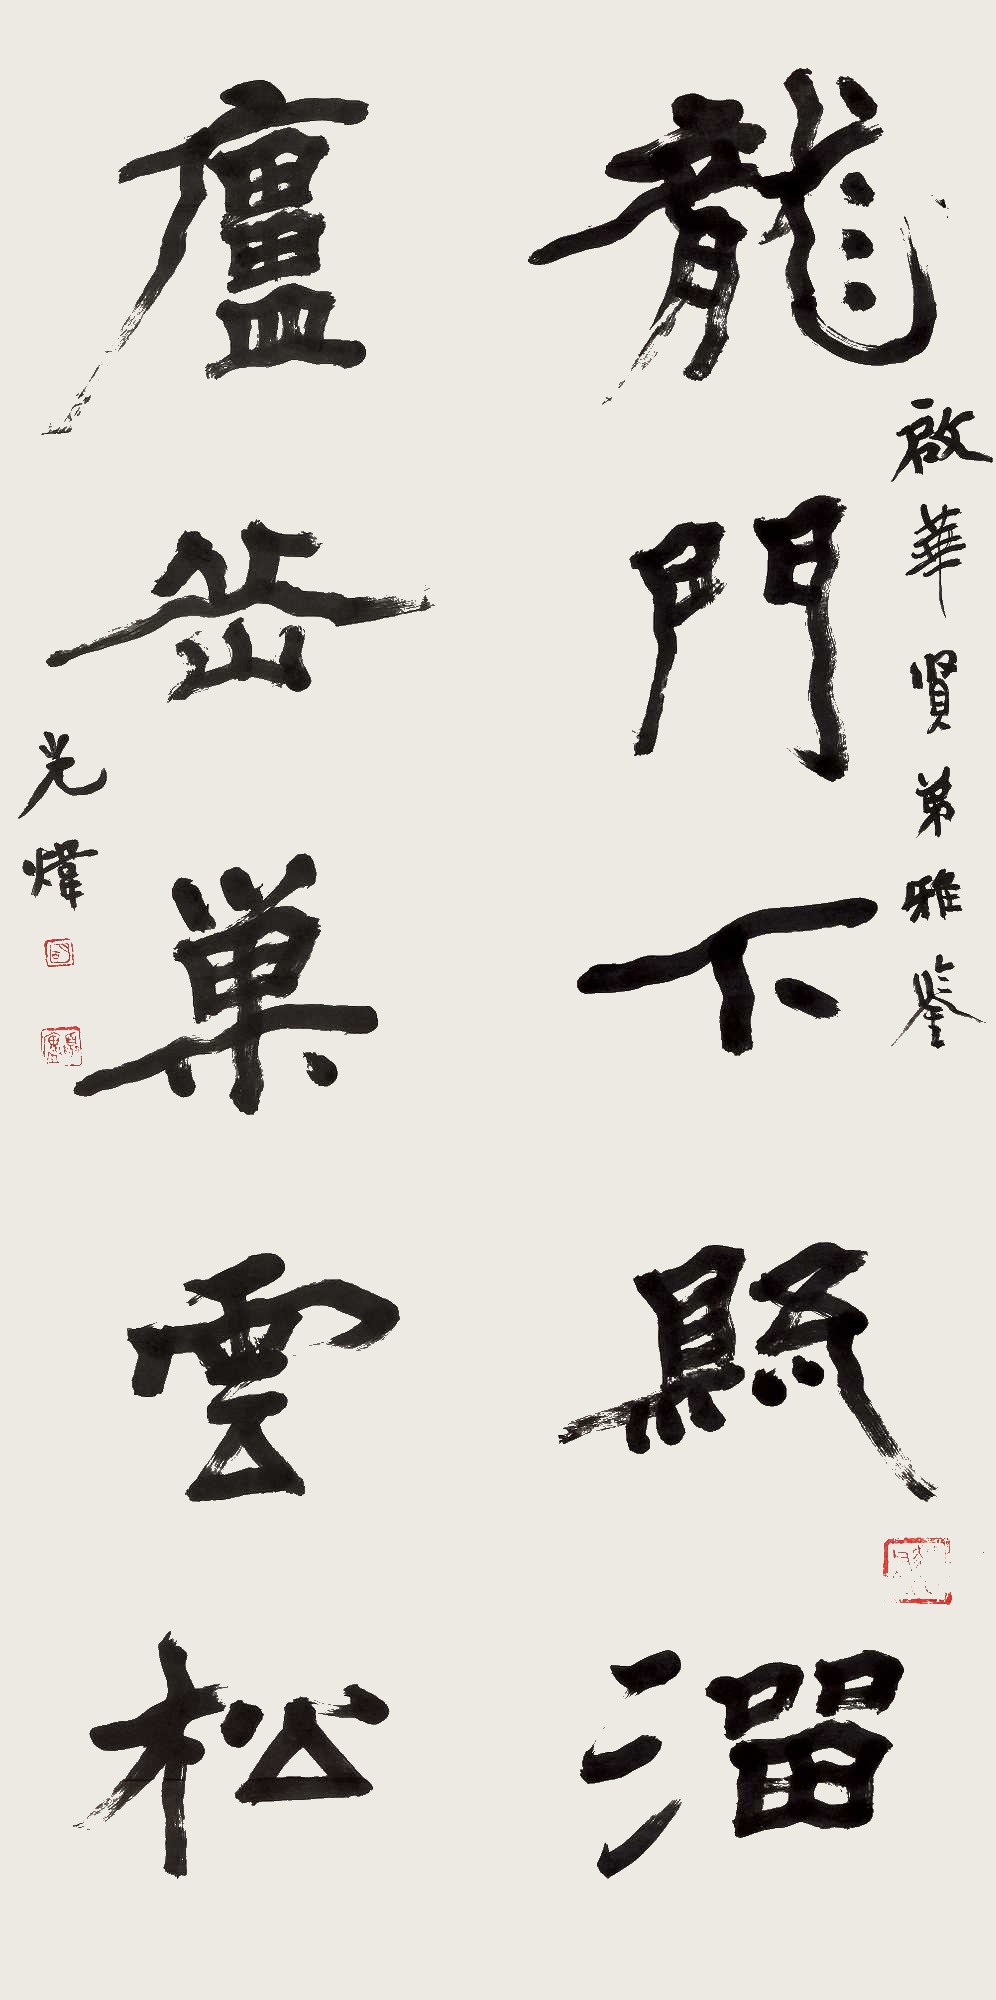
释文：龙门下县悬溜，庐岳巢云松。启华贤弟雅鉴，光炜。